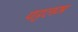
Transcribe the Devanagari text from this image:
पट्टलम